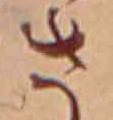
さ